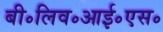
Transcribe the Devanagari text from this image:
बी॰लिव॰आई॰एस॰